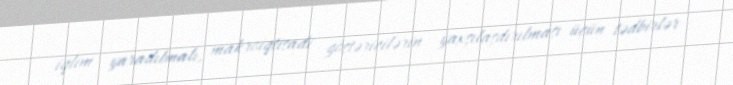
iqlim yaradılmalı, makroiqtisadi göstəricilərin yaxşılaşdırılması üçün tədbirlər